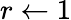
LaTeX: r\gets 1